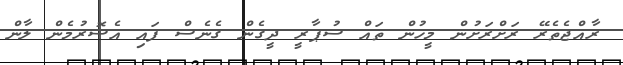
ރާއްޖެތެރޭ ރަށްރަށުން މީހުން ތައް ސުޕާރީ ދީގެން ގެނެސް ފައި އެސޮރުމެން ލާން